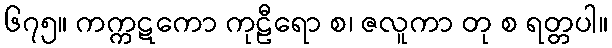
၆၇၅။ ကက္ကဋကော ကုဠီရော စ၊ ဇလူကာ တု စ ရတ္တပါ။